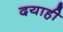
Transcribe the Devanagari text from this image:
दयाही